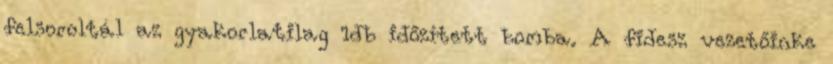
felsoroltál az gyakorlatilag 1db időzített bomba. A fidesz vezetőinke